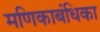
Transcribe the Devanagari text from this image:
मणिकाबंधिका